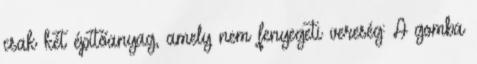
csak két építőanyag, amely nem fenyegeti vereség: A gomba